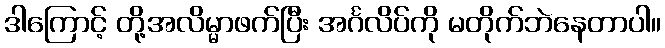
ဒါကြောင့် တို့အလိမ္မာဖက်ပြီး အင်္ဂလိပ်ကို မတိုက်ဘဲနေတာပါ။